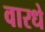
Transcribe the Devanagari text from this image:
वारधे